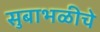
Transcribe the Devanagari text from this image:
सुबाभळीचे